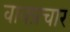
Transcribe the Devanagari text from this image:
वाक्‍प्रचार